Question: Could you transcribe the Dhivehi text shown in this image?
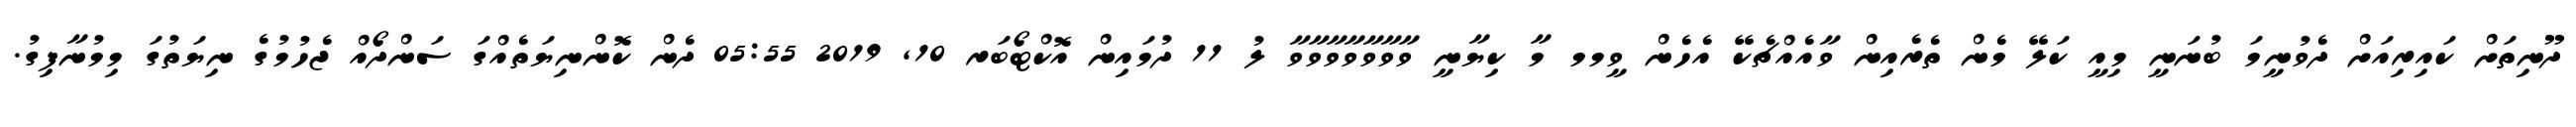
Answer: ދޫނިތަށް ކައިރިއަށް ދެވުނީމަ ބުނަނީ މިއީ ކަލޭ މެން ތެރެއިން ވާއެއްޗެކޭ އެހެން ވީމމ މާ ކިޔާނީ ވާވާވާވާވާވާވާ ލު 11 ދުމައިން އޮކްޓޯބަރ 10, 2019 05:55 ދެން ކޮންނިޔަތެއްގަ ސަންދޯއް ޖެހުމުގެ ނިޔަތުގަ މިމުނާފިގު.